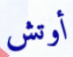
أوتش